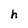
Character: h